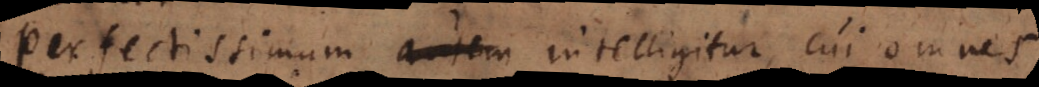
Perfectissimum autem intelligitur, cui omnes